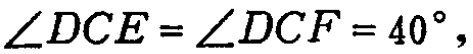
$\angle DCE=\angle DCF = 40^{\circ},$